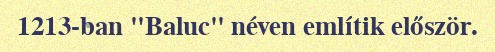
1213-ban "Baluc" néven említik először.